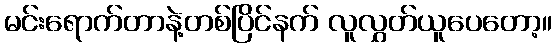
မင်းရောက်တာနဲ့တစ်ပြိင်နက် လူလွှတ်ယူပေတော့။